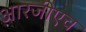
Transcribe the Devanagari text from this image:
आरजीएच